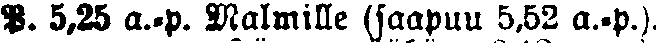
P. 5,25 a.-p. Malmille (saapuu 5,52 a.-p.).